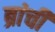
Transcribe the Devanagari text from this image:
ब्रांची